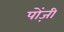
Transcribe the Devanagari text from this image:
पोंज़ी